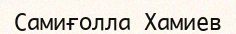
Самиғолла Хамиев